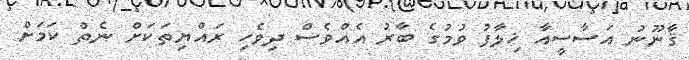
ޤާނޫނު އަސާސީއާ ޚިލާފު ވުމުގެ ބާރު އެއްވެސް ދިވެހި ރައްޔިތަކަށް ނެތް ކަމަށް